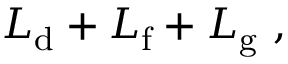
{ \cal L } _ { \mathrm { d } } + { \cal L } _ { \mathrm { f } } + { \cal L } _ { \mathrm { g } } \ ,